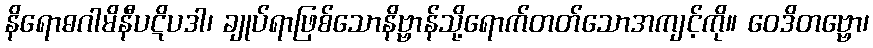
နိရောဓဂါမိနီပဋိပဒါ၊ ချုပ်ရာဖြစ်သောနိဗ္ဗာန်သို့ရောက်တတ်သောအကျင့်ကို။ ဝေဒိတဗ္ဗော၊